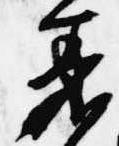
着